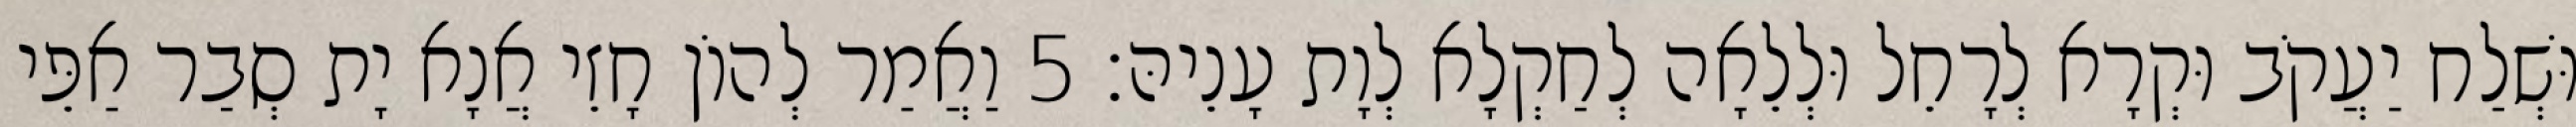
וּשְׁלַח יַעֲקֹב וּקְרָא לְרָחֵל וּלְלֵאָה לְחַקְלָא לְוָת עָנֵיהּ׃ 5 וַאֲמַר לְהוֹן חָזֵי אֲנָא יָת סְבַר אַפֵּי